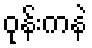
ဝုန်းကနဲ